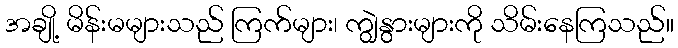
အချို့ မိန်းမများသည် ကြက်များ၊ ကျွဲနွားများကို သိမ်းနေကြသည်။